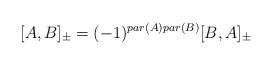
LaTeX: \begin{align*}[ A , B ]_{\pm} = (-1)^{par(A) par(B)} [ B , A ]_{\pm}\end{align*}